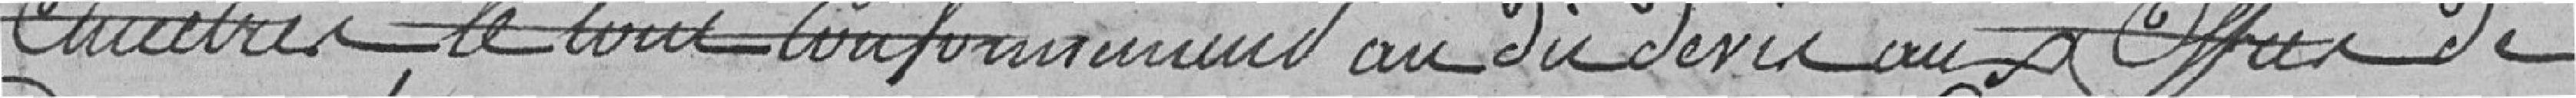
Ancêtres, le tout conformément au dit devis aux offres de